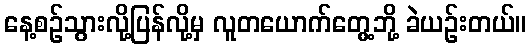
နေ့စဉ်သွားလို့ပြန်လို့မှ လူတယောက်တွေ့ဘို့ ခဲယဉ်းတယ်။